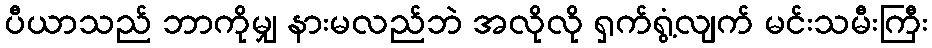
ပီယာသည် ဘာကိုမျှ နားမလည်ဘဲ အလိုလို ရှက်ရွံ့လျက် မင်းသမီးကြီး